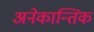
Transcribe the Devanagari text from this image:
अनेकान्तिक